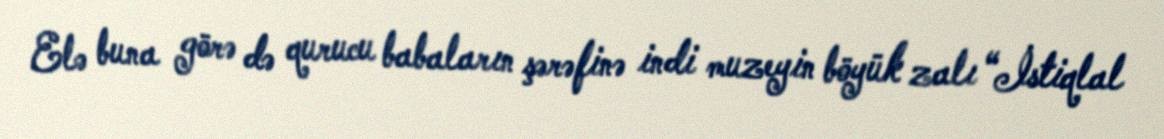
Elə buna görə də qurucu babaların şərəfinə indi muzeyin böyük zalı “İstiqlal